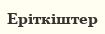
Еріткіштер